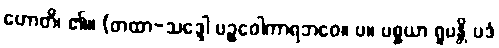
ဟောတိ၊ ၏။ (တထာ-သဒ္ဒေါ ပဉ္စဝေါကာရဘဝေ။ ပ။ ပစ္စယာ ရူပန္တိ ပဒံ